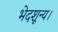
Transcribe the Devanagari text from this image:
भेदशून्य।